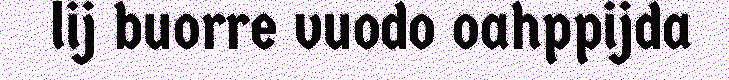
lij buorre vuodo oahppijda